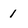
Character: 1